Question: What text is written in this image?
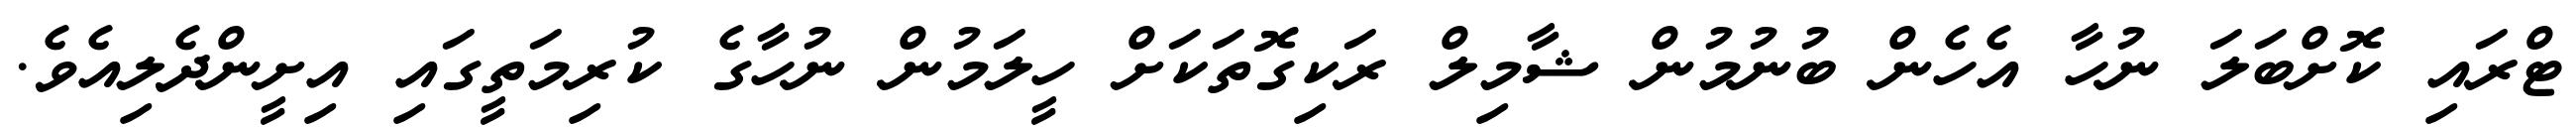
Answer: ޓްރައި ކޮށްބަލަ ނުހާ އެހެން ބުނުމުން ޝާމިލް ރަކިގޮތަކަށް ހީލަމުން ނުހާގެ ކުރިމަތީގައި އިށީންދެލިއެވެ.